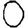
Digit: 0